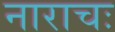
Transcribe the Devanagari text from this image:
नाराचः